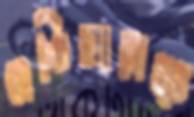
হেতিয়ারাচ্চ